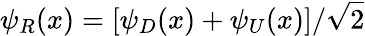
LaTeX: \psi_{R}(x)=[\psi_{D}(x)+\psi_{U}(x)]/\sqrt{2}